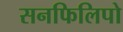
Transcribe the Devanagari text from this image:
सनफिलिपो